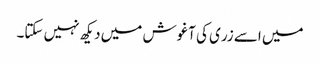
میں اسے زری کی آغوش میں دیکھ نہیں سکتا۔